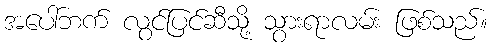
အပေါ်ဘက် လွင်ပြင်ဆီသို့ သွားရာလမ်း ဖြစ်သည်။